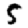
Digit: 5